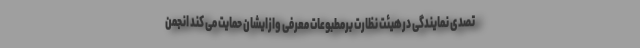
تصدی نمایندگی درهیئت نظارت برمطبوعات معرفی وازایشان حمایت می کند انجمن